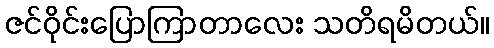
ဇင်ဝိုင်းပြောကြာတာလေး သတိရမိတယ်။